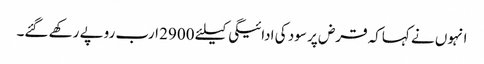
انہوں نے کہاکہ قرض پر سود کی ادائیگی کیلئے 2900 ارب روپے رکھے گئے۔